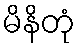
မိနိတုံ